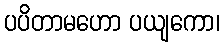
ပပိတာမဟော ပယျကော၊